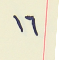
١٦